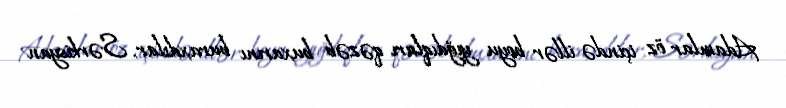
Adamlar öz içində illər boyu yığdıqları qəzəb buxarını buraxdılar, Sərkisyan